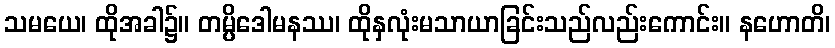
သမယေ၊ ထိုအခါ၌။ တမ္ပိဒေါမနဿ၊ ထိုနှလုံးမသာယာခြင်းသည်လည်းကောင်း။ နဟောတိ၊